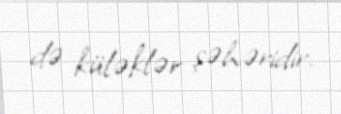
də küləklər şəhəridir.